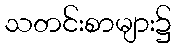
သတင်းစာများ၌